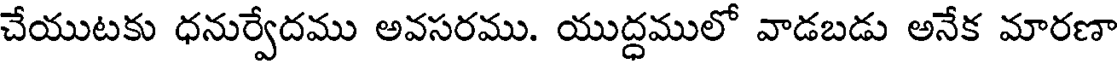
చేయుటకు ధనుర్వేదము అవసరము. యుద్ధములో వాడబడు అనేక మారణా